Annual report of the Punjab Veterinary College and of the Civil Veterinary Department, Punjab - 1926-1932
Year: 1926
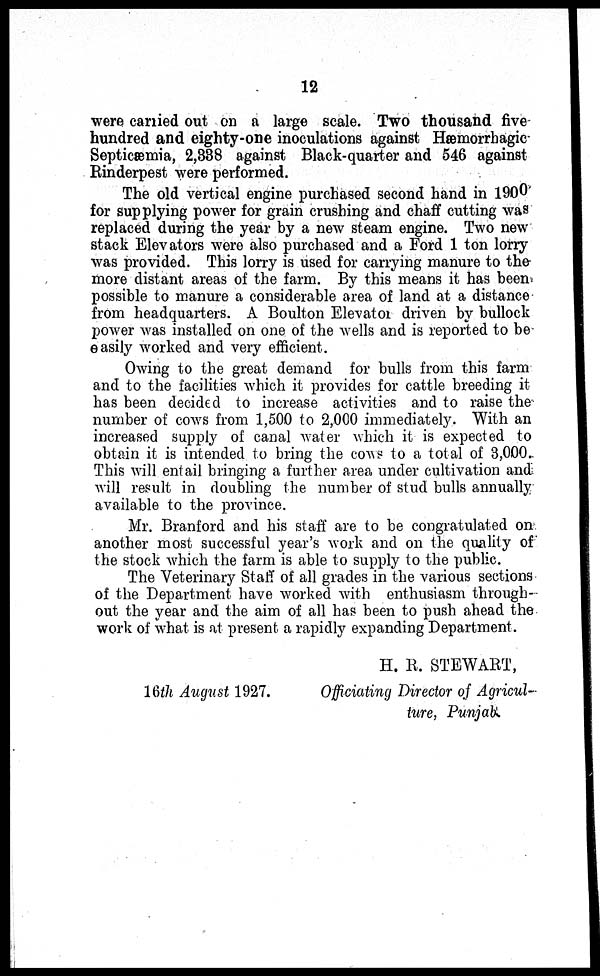
12
were carried out on a large scale. Two thousand five
hundred and eighty-one inoculations against Hæmorrbagic
Septicæmia, 2,338 against Black-quarter and 546 against
Rinderpest were performed.
The old vertical engine purchased second hand in 1900
for supplying power for grain crushing and chaff cutting was
replaced during the year by a new steam engine. Two new
stack Elevators were also purchased and a Ford 1 ton lorry
was provided. This lorry is used for carrying manure to the
more distant areas of the farm. By this means it has been
possible to manure a considerable area of land at a distance
from headquarters. A Boulton Elevaton driven by bullock
power was installed on one of the wells and is reported to be
easily worked and very efficient.
Owing to the great demand for bulls from this farm
and to the facilities which it provides for cattle breeding it
has been decided to increase activities and to raise the
number of cows from 1,500 to 2,000 immediately. With an
increased supply of canal water which it is expected to
obtain it is intended to bring the cows to a total of 3,000.
This will entail bringing a further area under cultivation and
will result in doubling the number of stud bulls annually
available to the province.
Mr. Branford and his staff are to be congratulated on
another most successful year's work and on the quality of
the stock which the farm is able to supply to the public.
The Veterinary Staff of all grades in the various sections
of the Department have worked with enthusiasm through-
out the year and the aim of all has been to push ahead the
work of what is at present a rapidly expanding Department.
H. R. STEWART,
16th August 1927.
Officiating Director of Agricul-
ture, Punjab